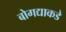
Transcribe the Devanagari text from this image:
बोगद्याकडे